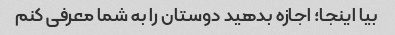
بیا اینجا؛ اجازه بدهید دوستان را به شما معرفی کنم